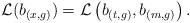
LaTeX: \begin{align*}\mathcal{L}(b_{(x,g)})=\mathcal{L}\left(b_{(t,g)},b_{(m,g)}\right).\end{align*}